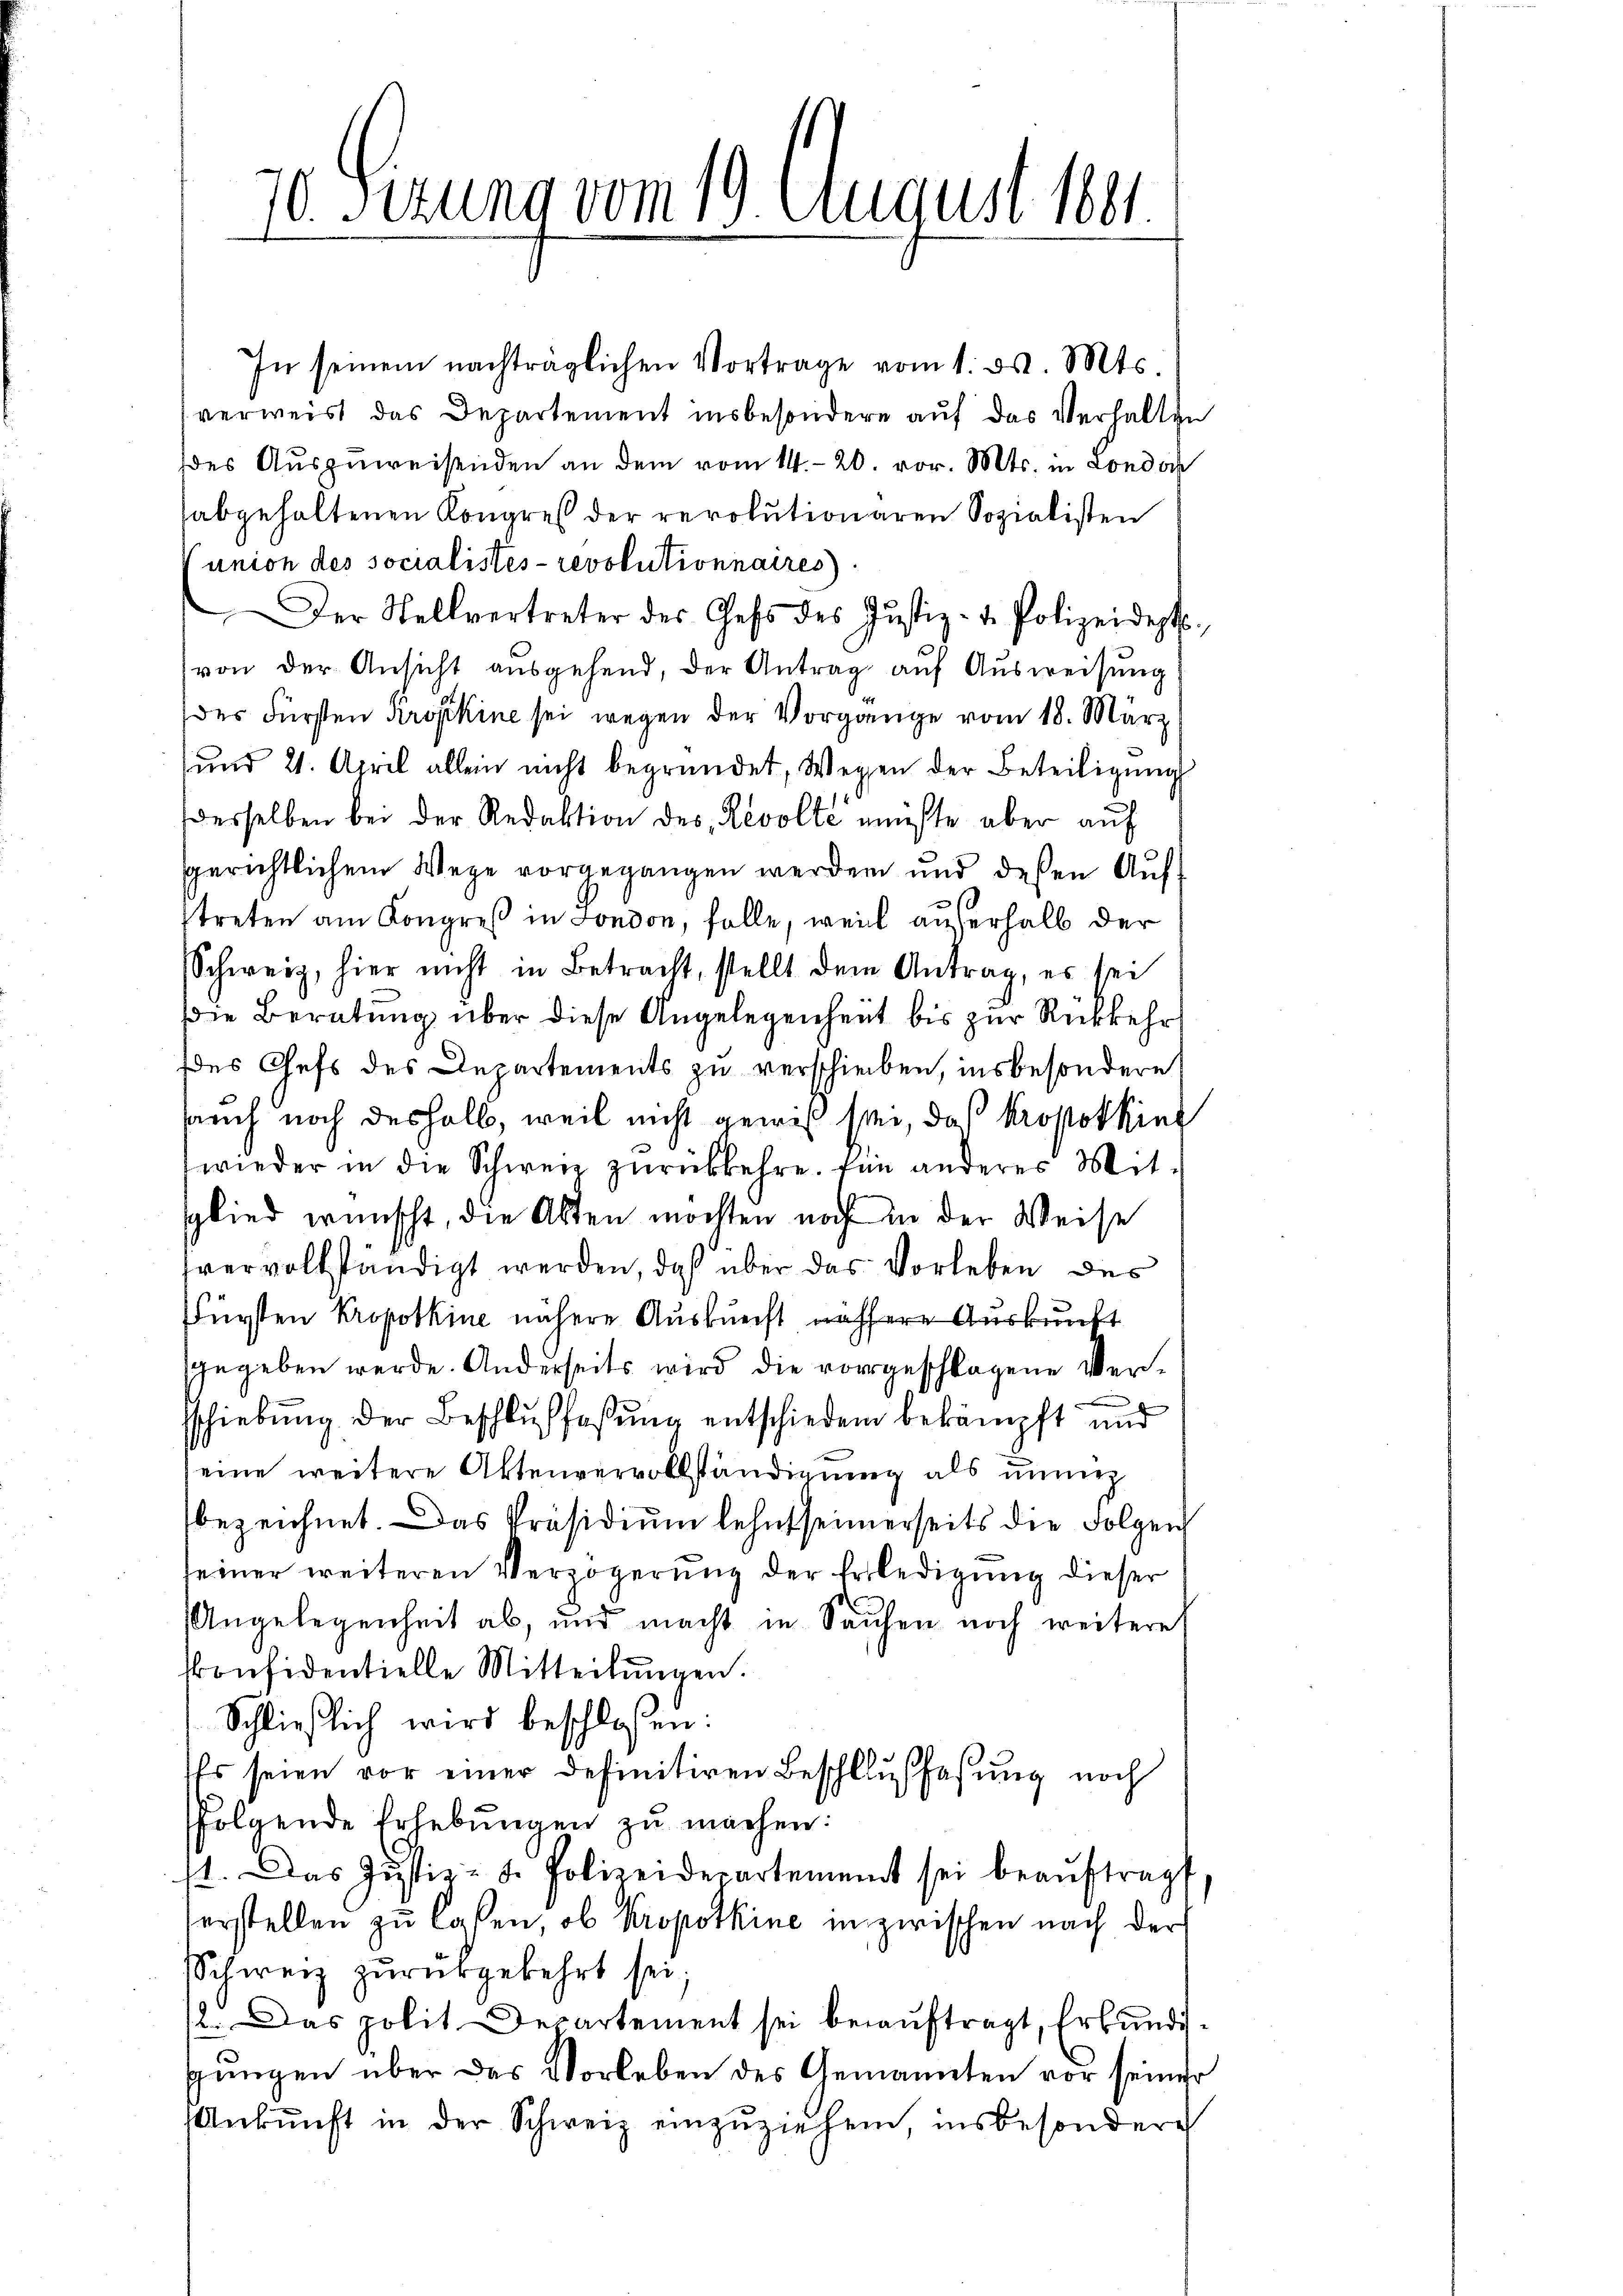
10. Serung vom 19. August 1891.

In seinem nachträglichen Vortrage vom 1. ds. Mts.
verweist das Departement insbesondere aŭf das Verhaltge
des Auszuweisenden an dem vom 14. 20. vor. Mts. in Londor
abgehaltenen Kongreß der revolutionaren Sozialisten
union des socialistes- revolutionnaires.
Der Stellvertreter des Gess des Justiz- u. Polizeidept.
von der Ansicht ausgehend, der Antrag auf Ausweisung
der Fürsten Kropkine sei wegen der Vorgange vom 18. März
und 21. April allein nicht begründet, Wegen der Beteiligung
desselben bei der Redaktion des Revolte müßte aber auf
sgerichtlichem Wege vorgegangen werden und deßen Aufstreten am Kongreß in Fondon, folle, weil außerhalb der
Schweiz, hier nicht in Betracht, stellt dem Antrag, es sei
die Beratung über diese Angelegenheit bis zur Rückkehr
des Chefs des Departements zu verschieben, insbesondere
sauch noch deshalb, weil nicht gewiß sei, daß kropotkin
wieder in die Schweiz zŭrückkehre. Für anderes Mit-
sglied wünscht, die Akten möchten noch in der Weise
vervollständigt werden, daß über das Vorleben des
Fürsten Kroposkine nähere Auskunft nähere Auskunft
gegeben werde. Anderseits wird die vorgeschlagene Versschiebung der Beschlußfaßung entschieden bekämpft und
eine weitere Aktenvervollständigung als unner
bezeichnet. Das Präsidium lehnt seinerseits die Folgen
seiner weiteren Verzögerung der Erledigung dieser
Angelegenheit ab, und macht in Sachen noch weitere
ronsidentielle Mitteilŭngen.
Schließlich wird beschlossen:
Es seien vor einer definitiven Beschlußfassung noch
folgende Erhebŭngen zŭ machen:
st. Das Justiz- u. Polizeidepartement sei beaŭftragt
verstellen zu lassen, ob Kropotkine in zwischen nach der
Schweiz zurückgekehrt sei;
12. Das polit. Departement sei beauftragt, Erbundig
gŭngen über das Vorleben des Genannten vor seiner
Ankŭnft in der Schweiz einzŭziehen, insbesondere

c

2